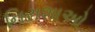
નિરાશાઓ